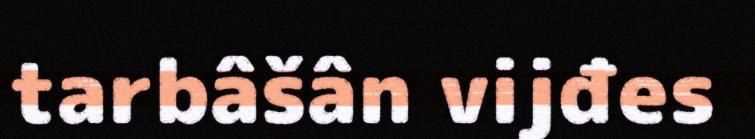
tarbâšân vijđes